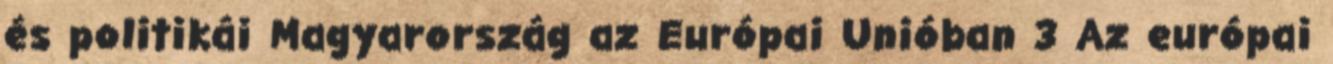
és politikái Magyarország az Európai Unióban 3 Az európai